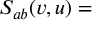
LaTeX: S _ { a b } ( v , u ) =